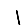
Digit: 1